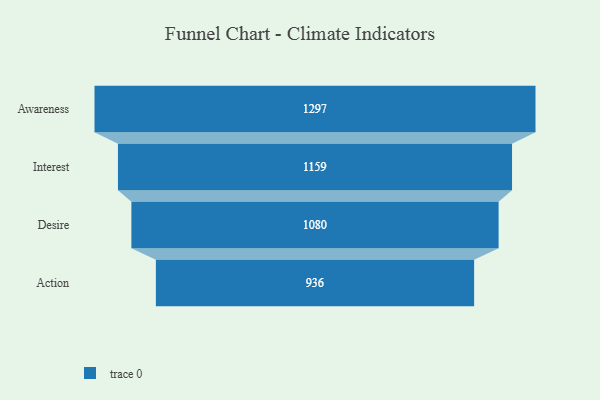
{"axis": {"x": "Stage", "y": "Value"}, "legend": [""], "data": [{"x": "Awareness", "y": 1297.0, "type": ""}, {"x": "Interest", "y": 1159.0, "type": ""}, {"x": "Desire", "y": 1080.0, "type": ""}, {"x": "Action", "y": 936.0, "type": ""}]}